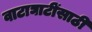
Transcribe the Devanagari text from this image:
वाटाघाटींसाठी